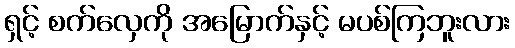
ရှင့် စက်လှေကို အမြောက်နှင့် မပစ်ကြဘူးလား